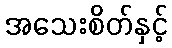
အသေးစိတ်နှင့်